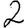
Digit: 2